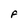
Character: F